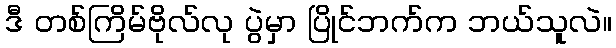
ဒီ တစ်ကြိမ်ဗိုလ်လု ပွဲမှာ ပြိုင်ဘက်က ဘယ်သူလဲ။